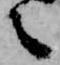
之